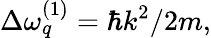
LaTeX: \Delta\omega_{q}^{(1)}=\hbar k^{2}/2m,